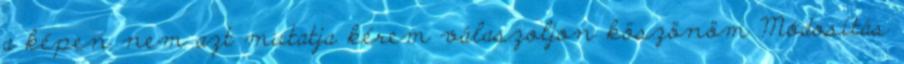
a képen nem azt mutatja kérem válaszoljon köszönöm Módosítás